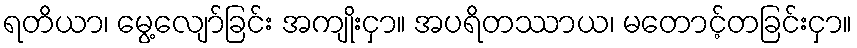
ရတိယာ၊ မွေ့လျော်ခြင်း အကျိုးငှာ။ အပရိတဿာယ၊ မတောင့်တခြင်းငှာ။